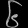
Digit: ၆